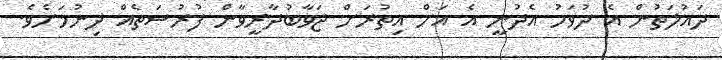
ދައުލަތުން އެ ދުވަހު އެދުނީ އެ އަށް އިތުރަށް ޖަވާބުދާރީވާން ފުރުސަތެއް ދިނުމަށެވެ.